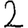
Digit: 2